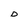
Character: D